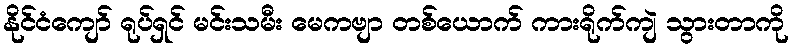
နိုင်ငံကျော် ရုပ်ရှင် မင်းသမီး မေကဗျာ တစ်ယောက် ကားရိုက်ကျဲ သွားတာကို